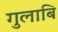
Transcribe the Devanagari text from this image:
गुलाबि